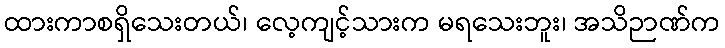
ထားကာစရှိသေးတယ်၊ လေ့ကျင့်သားက မရသေးဘူး၊ အသိဉာဏ်က